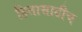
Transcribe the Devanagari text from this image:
हितासाठीच